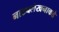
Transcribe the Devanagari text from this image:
नाट्यलेखनाकडे